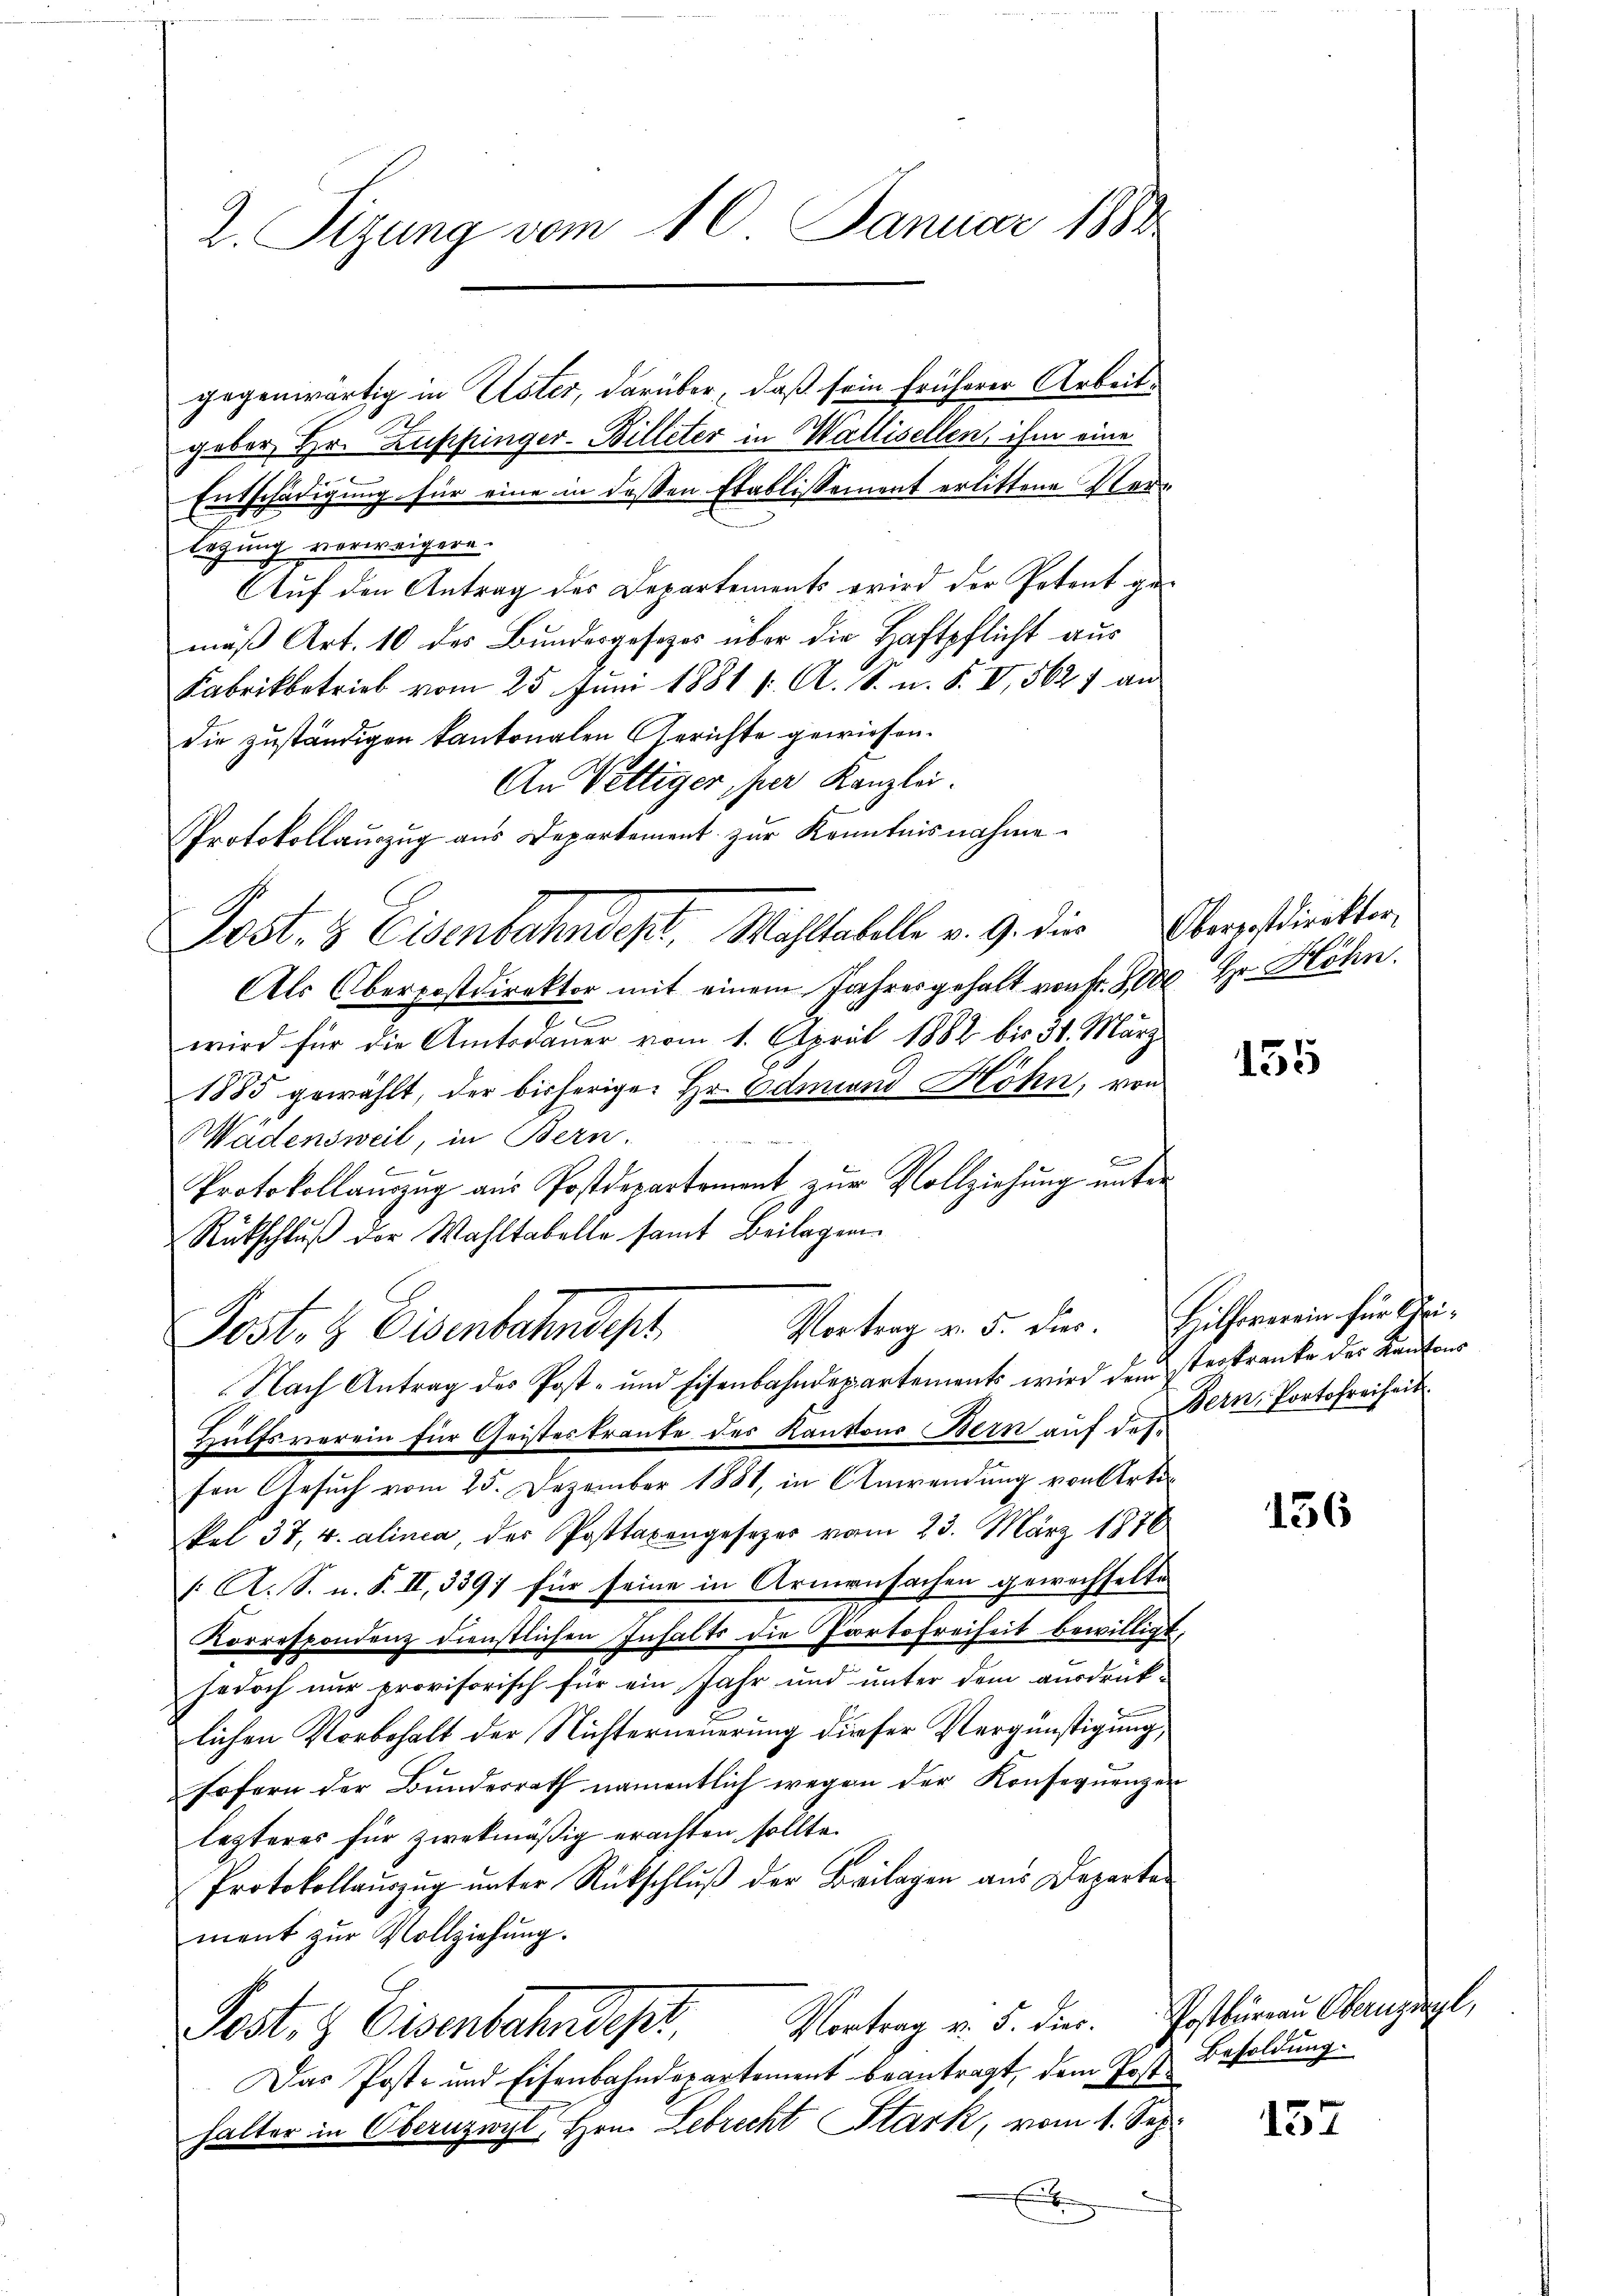
2. Sizung vom 10. Januar 1888

gegenwärtig in Uster, darüber, daß sein früherer Arbeitgeber Hr. Zupfinger-Billeter in Wallisellen, ihm eine
Entschädigung für eine in dessen Etablissement erlittene Verlegung vorweigern.
Auf den Antrag des Departements wird der Petent gemäß Art. 10 des Bundesgesetzes über die Haftpflicht aus
Fabrikbetrieb vom 25. Juni 1881 f. A. S. n. F. VI, 562 an
die zuständigen kantonalen Gerichte gewiesen.
An Vettiger, per Kanzlei.
Protokollauszug aus Departement zur Kenntnisnahme.
Post- & Eisenbahndept, Mahltabelle v. 9. die Obergesdirekter
Als Oberpostdirektor mit einem Jahresgehalt von Fr. 8000 Hr. Höhn
e
wird für die Amtsdauer vom 1. April 1882 bis 31. März
1885 gewählt, der bisheriger Hr. Edmund Höhn, von

Wädensweil, in Bern.
B
x
Protokollauszug aus Postdepartement zur Vollziehung unter
Rückschlŭβ der Wahltabelle samt Beilagen.
Vortrag v. 5. Dier. Hilfoverein für Chri¬
Post- & Eisenbahndept
Nach Antrag des Post- und Eisenbahndepartements wird dem sterkranke der Kantons
Hülfsverein für Geistes traute des Kantons Bern auf desfon Gesuch vom 25. Dezember 1881, in Anwendung von Artikel 37, 4. alinea, der Posttaxengesezes vom 23. März 1876
/: A. S. n. F. II, 339 für seine in Armensachen gewechselte
Korrespondenz dienstlichen Inhalts die Portofreiheit bewilligt;
jedoch nur provisorisch für ein Jahr und unter dem ausdrücklichen Vorbehalt der Nichterneuerung dieser Vergünstigung
sofern der Bundesrath namentlich wegen der Konsequenzen
lezteres für zwekmäßig erachten sollte.
Protokollauszug unter Rückschluß der Beilagen aus Departement zŭr Vollziehung.
Vortrag v. 5. dies. Postbüreau Obernguagl,
Post- & Eisenbahndest,
Das Post- und Eisenbahndepartement beantragt, dem Post Besoldung.
halter in Obernzwyl, Hrn. Lebrecht Stark, vom 1. Sep.
E

135

Bern, Portofreiheit.

156

157